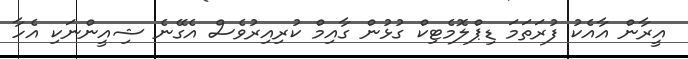
އީރާން އާއެކު ފުރަތަމަ ޑިޕްލޮމެޓިކް ގުޅުން ގާއިމް ކުރިއިރުވެސް އެގޭނެ ޝިއީންނަކި އެހާ